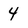
Character: 4